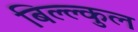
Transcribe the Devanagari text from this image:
बिल्ल्कुल